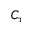
C _ { \tau }